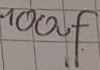
Text: 100µF